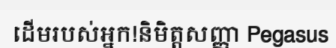
ដើមរបស់អ្នក!និមិត្តសញ្ញា Pegasus